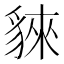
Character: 𧳟